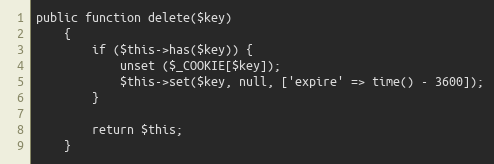
Language: PHP
public function delete($key)
    {
        if ($this->has($key)) {
            unset ($_COOKIE[$key]);
            $this->set($key, null, ['expire' => time() - 3600]);
        }

        return $this;
    }